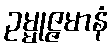
ဥမ္မုဇ္ဇမာနံ